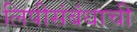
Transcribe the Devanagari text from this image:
लिपीसंबंधाची